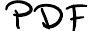
PDF